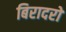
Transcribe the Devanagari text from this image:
बिरादरों